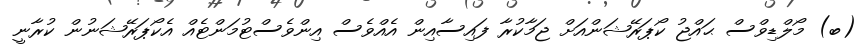
(ބ) މޯލްޑިވްސް ޙައްޖު ކޯޕަރޭޝަންއަށް ޖަމާކުރާ ފައިސާއިން އެއްވެސް އިންވެސްޓުމަންޓެއް އެކޯޕަރޭޝަނުން ކުރާނީ